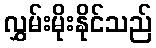
လွှမ်းမိုးနိုင်သည်